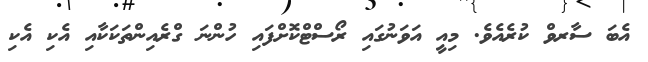
އެބަ ސާރވް ކުރެއެވެ. މިއީ އަވަނުގައި ރޯސްޓްކޮށްފައި ހުންނަ ގްރެއިންތަކަކާއި އެކި އެކި